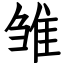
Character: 雏